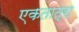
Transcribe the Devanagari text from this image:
एकतात्रा